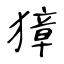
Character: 獐